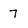
Character: 7